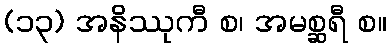
(၁၃) အနိဿုကီ စ၊ အမစ္ဆရီ စ။